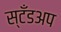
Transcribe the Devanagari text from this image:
स्टँडअप